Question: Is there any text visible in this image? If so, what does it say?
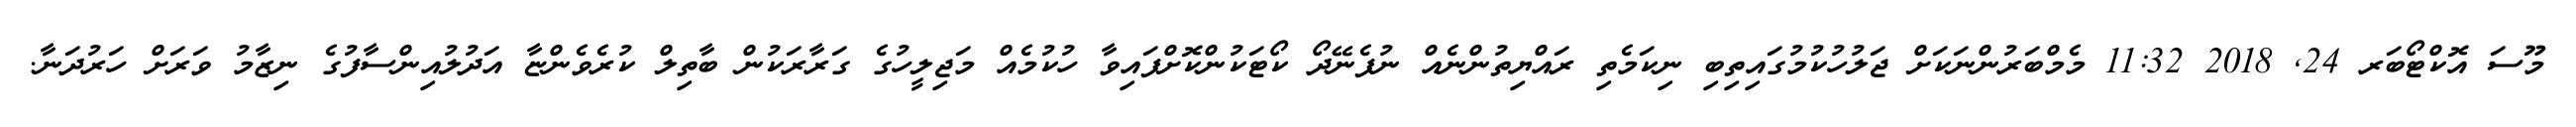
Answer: މޫސަ އޮކްޓޯބަރ 24, 2018 11:32 މެމްބަރުންނަކަށް ޖަލުހުކުމުގައިތިބި ނިކަމެތި ރައްޔިތުންނެއް ނުފެނޭދޯ ކޯޓަކުންކޮށްފައިވާ ހުކުމެއް މަޖިލީހުގެ ގަރާރަކުން ބާތިލް ކުރެވެންޏާ އަދުލުއިންސާފުގެ ނިޒާމު ވަރަށް ހަރުދަނާ.